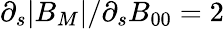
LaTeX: \partial_{s}|B_{M}|/\partial_{s}B_{00}=2